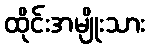
ထိုင်းအမျိုးသား